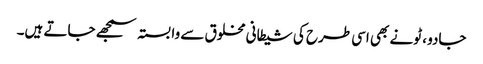
جادو ، ٹونے بھی اسی طرح کی شیطانی مخلوق سے وابستہ سمجھے جاتے ہیں۔